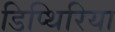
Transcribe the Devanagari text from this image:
डिप्थिरिया